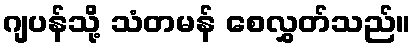
ဂျပန်သို့ သံတမန် စေလွှတ်သည်။